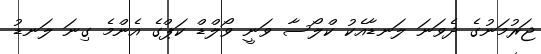
ޖަރުމަނުގެ ދެވަނަ ލަނޑާއެކު ކްލޯސާ ވަނީ ވޯލްޑް ކަޕްގެ އެންމެ ގިނަ ލަނޑު